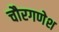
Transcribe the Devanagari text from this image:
चौरगणेश